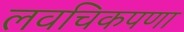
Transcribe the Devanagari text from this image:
लवचिकपणा